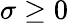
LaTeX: \sigma\geq 0